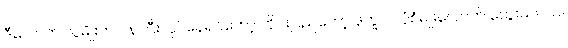
ဒီလောက် လူမျိုးက ဝန်ကြီးလုပ်နေရင်တော့ တိုင်းပြည်တော့ ဒုက္ခပါပဲပုံစံမျိုးလောက် တွေးမိတယ်။